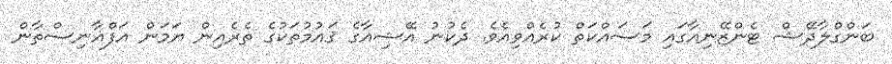
ބަންގްލާދޭޝް ޓެންޒޭނިއާގައި މަސައްކަތް ކުރެއްވިއެވެ. ދެކުނު އޭޝިއާގެ ޤައުމުތަކުގެ ތެރެއިން ޔަމަން އަފްޣާނިސްތާން